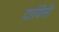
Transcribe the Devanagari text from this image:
दायिनीं